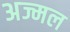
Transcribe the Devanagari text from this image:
अज्मल